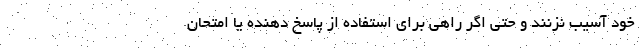
خود آسیب نزنند و حتی اگر راهی برای استفاده از پاسخ دهنده یا امتحان